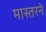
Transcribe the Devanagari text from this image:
मास्तरने